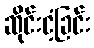
ဆိုင်းငံ့ခြင်း